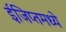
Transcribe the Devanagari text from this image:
ईजिप्तमध्ये